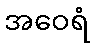
အဝေရံ